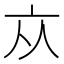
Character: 𠅃